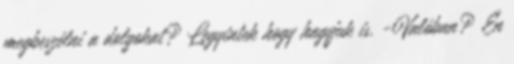
megbeszélni a dolgokat? Legyintek hogy hagyjuk is. -Valóban? Én